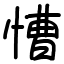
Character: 慒